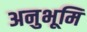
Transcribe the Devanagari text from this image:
अनुभूमि